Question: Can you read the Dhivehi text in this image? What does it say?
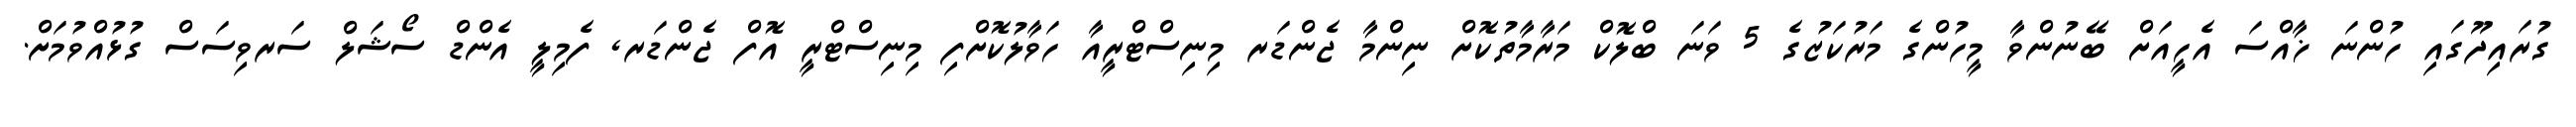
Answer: ގުރައިދޫގައި ހުންނަ ޚާއްސަ އެހީއަށް ބޭނުންވާ މީހުންގެ މަރުކަޒުގެ 5 ވަނަ ބްލޮކް މަރާމާތުކޮށް ނިންމާ ޖެންޑަރ މިނިސްޓްރީއާ ހަވާލުކޮށްފި މިނިސްޓްރީ އޮފް ޖެންޑަރ, ފެމިލީ އެންޑް ސޯޝަލް ސަރވިސަސް ގުޅުއްވުމަށް.